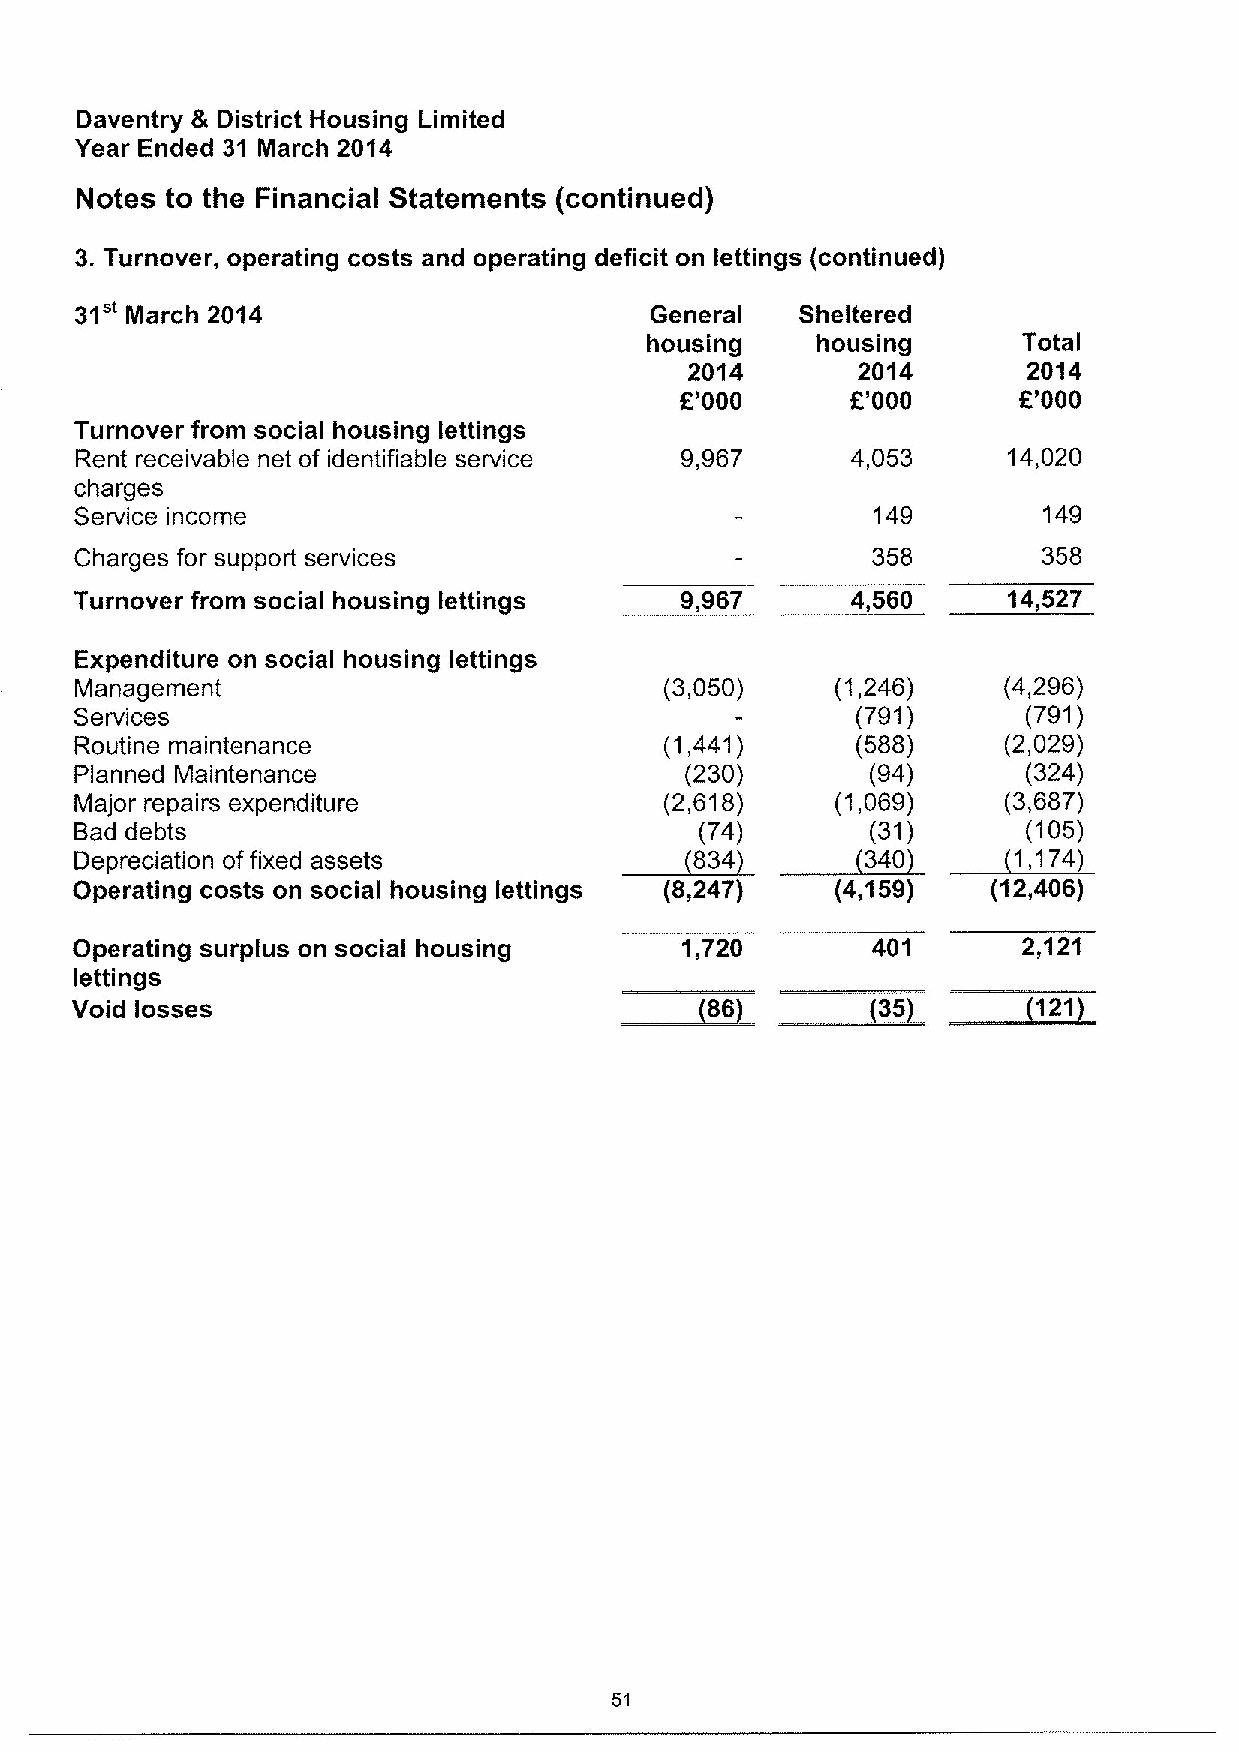
Daventry & District Housing Limited
 Year Ended 31 March 2014
 Notes to the Financial Statements (continued)
 3.Turnover, operating costs and operating deficit on lettings (continued)
 31"
 March 2014                         General   Sheltered
 housing    housing       Total
 2014       2014       2014
 K'000      6'000      K'000
 Turnover from social housing lettings
 Rent receivable net of identifiable service 9,967  4,053      14,020
 charges
 Service income                                       149        149
 Charges for support services                         358        358
 Turnover from social housing lettings   9,967      4,560      14,527
 Expenditure on social housing lettings
 Management                             (3,050)    (1,246)    (4,296)
 Services                                            (791)      (791)
 Routine maintenance                    (1,441)      (588)    (2,029)
 Planned Maintenance                     (230)        (94)      (324)
 Major repairs expenditure              (2,618)    (1,069)    (3,687)
 Bad debts                           ~83(74)    ~34(031)   ~1,(105)
 Depreciation offixed assets                4                    174
 Operating costs on social housing lettings (8,247) (4,159)   (12,406)
 Operating surplus on social housing     1,720        401       2,121
 ~38
 ~88
 lettings                                                  ~121
 Void losses
 51